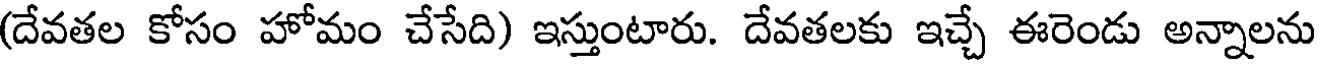
(దేవతల కోసం హోమం చేసేది) ఇస్తుంటారు. దేవతలకు ఇచ్చే ఈరెండు అన్నాలను